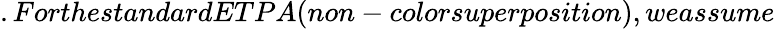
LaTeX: .ForthestandardETPA(non-colorsuperposition),weassume